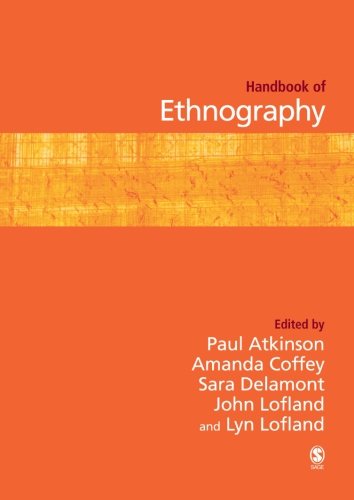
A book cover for Handbook of Ethnography; Politics & Social Sciences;